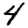
Digit: 4